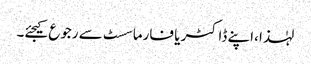
لہٰذا ،اپنے ڈاکٹر یا فارماسسٹ سے رجوع کیجئے۔